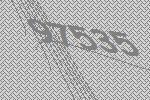
97535